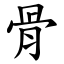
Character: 骨